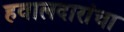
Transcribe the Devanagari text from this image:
हवालदारांचा